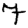
Digit: 7